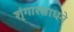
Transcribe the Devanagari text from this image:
शृंगारसाधने